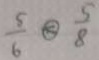
\frac { 5 } { 6 } \textcircled { < } \frac { 5 } { 8 }